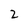
Character: 2